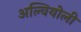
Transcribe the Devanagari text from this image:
अल्वियोली